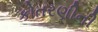
કોતરણીની